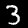
Label: 3